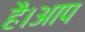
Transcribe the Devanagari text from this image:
है।आप